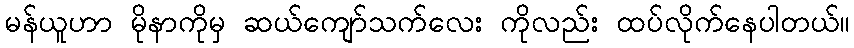
မန်ယူဟာ မိုနာကိုမှ ဆယ်ကျော်သက်လေး ကိုလည်း ထပ်လိုက်နေပါတယ်။